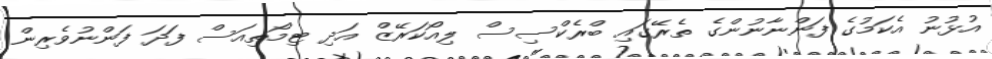
އުޅުނު އެކަމުގެ ފަންނާނުންގެ ތެރޭގައި ބްރެކްސިސް ލިއޯކަރޭޒް އަދި ޓިމޯތިއަސް ފަދަ ފަންނުވެރިން